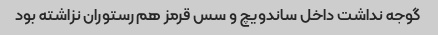
گوجه نداشت داخل ساندویچ و سس قرمز هم رستوران نزاشته بود